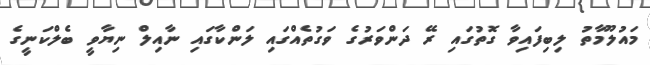
މައުލޫމާތު ލިބިފައިވާ ގޮތުގައި ރޭ ދަންވަރުގެ ވަގުތެއްގައި ލަންކާގައި ނާއިލް ނިޔާވީ ބެލްކަނީގެ